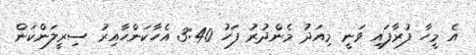
އެ މީހާ ފުރާފައި ވަނީ މިއަދު މެންދުރު ފަހު 3:40 އެހާކަންހާއިރު ސިރީލަންކަން